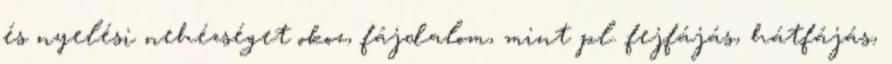
és nyelési nehézséget okoz, fájdalom, mint pl. fejfájás, hátfájás,